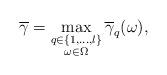
LaTeX: \begin{align*}\overline\gamma=\max_{\substack{q\in\{1,\hdots,l\}\\ \omega\in\Omega}}\overline\gamma_{q}(\omega),\end{align*}